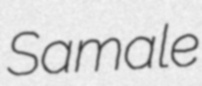
Samale